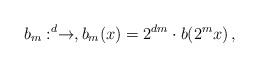
LaTeX: \begin{align*}b_m:\real^d\to \real,b_m(x)=2^{dm} \cdot b(2^m x)\, ,\end{align*}